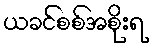
ယခင်စစ်အစိုးရ